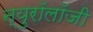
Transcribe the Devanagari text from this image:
न्युरॉलॉजी